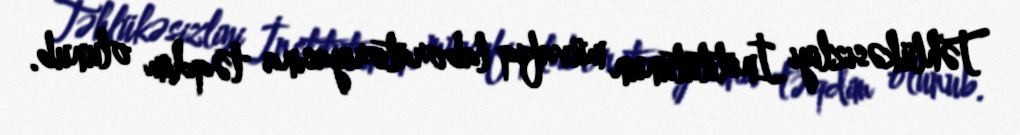
Təhlükəsizliyi İnstitutunun müvafiq laboratoriyasına təqdim olunub.